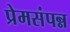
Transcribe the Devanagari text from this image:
प्रेमसंपन्न